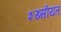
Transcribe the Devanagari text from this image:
शख्सीयत